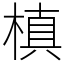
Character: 槙